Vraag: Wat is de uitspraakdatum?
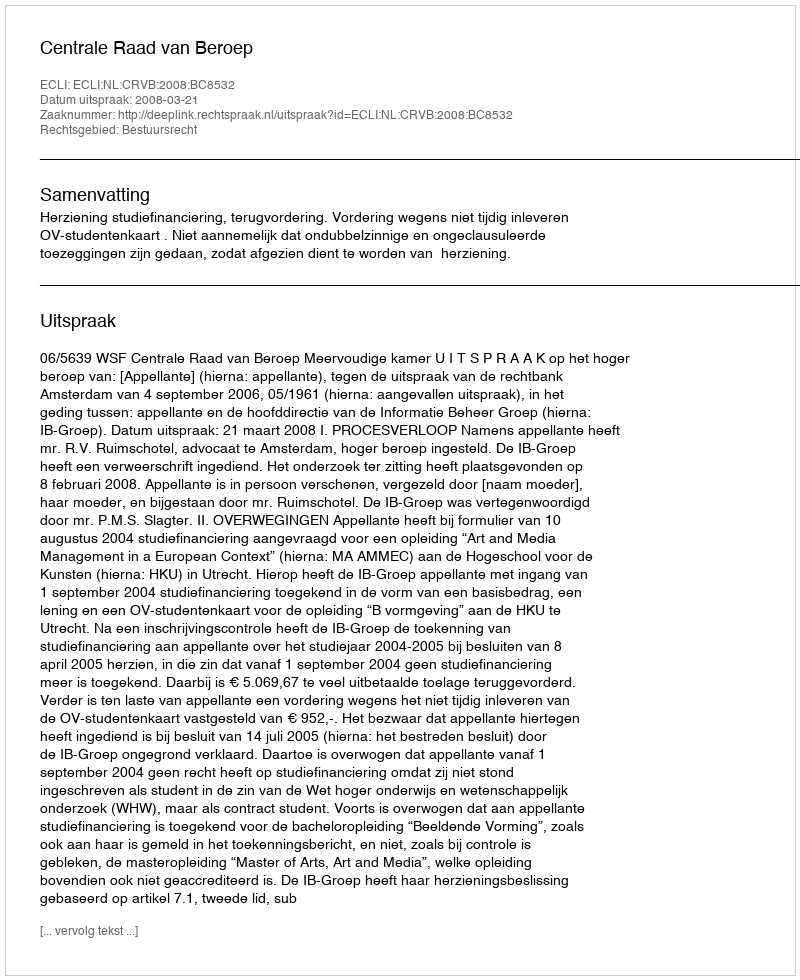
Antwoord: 2008-03-21